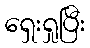
ရှေးရှုပြီး